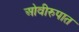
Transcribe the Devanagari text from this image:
ओवीरुपात